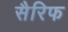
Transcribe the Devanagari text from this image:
सैरिफ